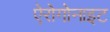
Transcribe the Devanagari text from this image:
ऐरोगोनाइट